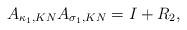
LaTeX: \begin{align*}A_{\kappa_1,{KN}}A_{\sigma_1,{KN}}=I+R_2,\end{align*}